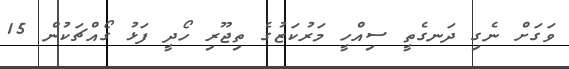
ވަގަށް ނެގި ދަނގެތީ ސިއްހީ މަރުކަޒުގެ ތިޖޫރި ހޯދީ ފަޅު ގޯއްޗަކުން 15